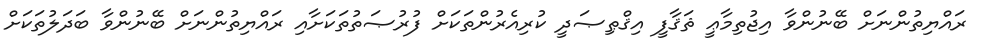
ރައްޔިތުންނަށް ބޭނުންވާ އިޖުތިމާޢީ ޘަޤާފީ އިޤްޠިޞަދީ ކުރިއެރުންތަކަށް ފުރުޞަތުތަކަށާއި ރައްޔިތުންނަށް ބޭނުންވާ ބަދަލުތަކަށް